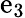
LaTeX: \mathrm{e}_{3}